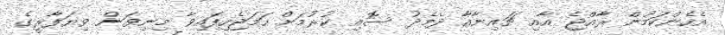
އެހެންކަމުން ރާއްޖެ އާއި ޗައިނާއާ ދެމެދު ސޮއި ކުރުމަަށް ހަމަޖެހިފައިވާ މިނިވަން ވިޔަފާރީގެ